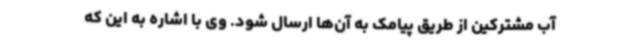
آب مشترکین از طریق پیامک به آن‌ها ارسال شود. وی با اشاره به این که